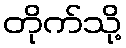
တိုက်သို့